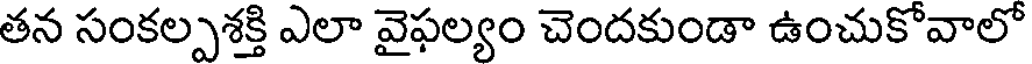
తన సంకల్పశక్తి ఎలా వైఫల్యం చెందకుండా ఉంచుకోవాలో